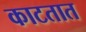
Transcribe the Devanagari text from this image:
काटतात